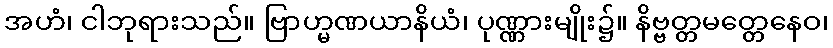
အဟံ၊ ငါဘုရားသည်။ ဗြာဟ္မဏယာနိယံ၊ ပုဏ္ဏားမျိုး၌။ နိဗ္ဗတ္တမတ္တေနေဝ၊